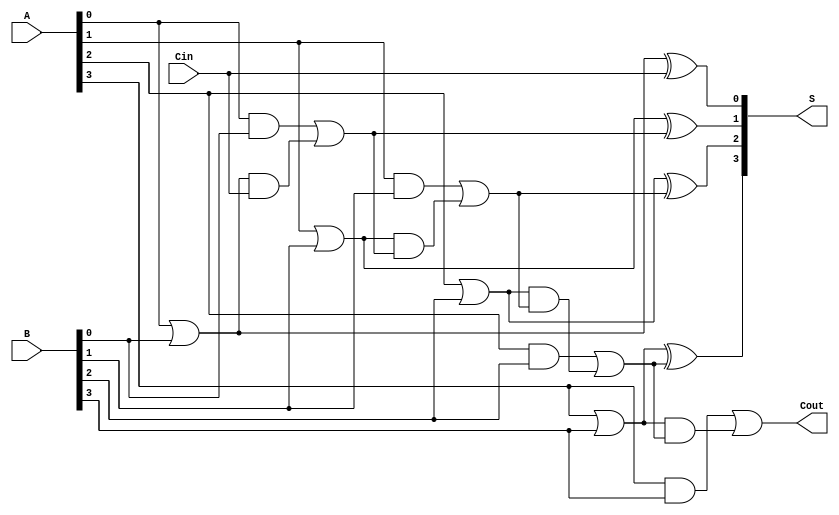
module RCLA #(parameter n = 4) (
    input [n-1:0] A,     // n-bit input A
    input [n-1:0] B,     // n-bit input B
    input Cin,           // Carry-in
    output [n-1:0] S,    // n-bit Sum output
    output Cout          // Carry-out
);
    // Generate and Propagate signals
    wire [n-1:0] G;      // Generate signals
    wire [n-1:0] P;      // Propagate signals
    wire [n:0] C;        // Carry signals

    // Generate and Propagate calculations
    genvar i;
    generate
        for (i = 0; i < n; i = i + 1) begin : gen_prop
            assign G[i] = A[i] & B[i];     // Gi = Ai & Bi
            assign P[i] = A[i] | B[i];     // Pi = Ai | Bi
        end
    endgenerate

    // Carry calculations
    assign C[0] = Cin;  // Initial carry-in
    generate
        for (i = 0; i < n; i = i + 1) begin : carry_calc
            if (i == 0) begin
                assign C[i + 1] = G[i] | (P[i] & C[i]); // C1
            end else begin
                assign C[i + 1] = G[i] | (P[i] & C[i]); // Ci+1
            end
        end
    endgenerate

    // Sum calculations
    generate
        for (i = 0; i < n; i = i + 1) begin : sum_calc
            assign S[i] = P[i] ^ C[i];  // Si = Pi ^ Ci
        end
    endgenerate

    // Final carry-out
    assign Cout = C[n]; // Carry-out

endmodule